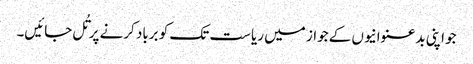
جو اپنی بدعنوانیوں کے جواز میں ریاست تک کو برباد کرنے پر تُل جائیں۔